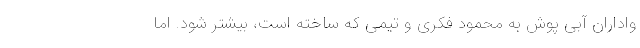
واداران آبی پوش به محمود فکری و تیمی که ساخته است، بیشتر شود. اما